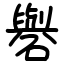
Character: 礜